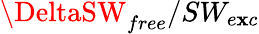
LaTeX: \DeltaSW_{free}/SW_{e\mathbf{x}c}